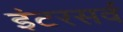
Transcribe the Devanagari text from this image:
इंटरसर्व